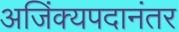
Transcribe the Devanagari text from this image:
अजिंक्यपदानंतर